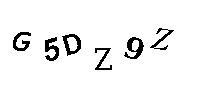
G5DZ9Z